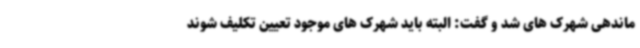
ماندهی شهرک های شد و گفت: البته باید شهرک های موجود تعیین تکلیف شوند